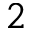
2